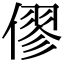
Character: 僇